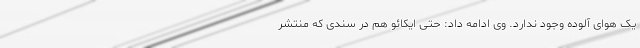
یک هوای آلوده وجود ندارد. وی ادامه داد: حتی ایکائو هم در سندی که منتشر